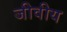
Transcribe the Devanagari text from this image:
जीवीय